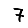
Digit: 7